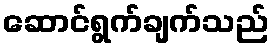
ဆောင်ရွက်ချက်သည်